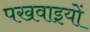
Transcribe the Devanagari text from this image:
पखवाइयों